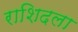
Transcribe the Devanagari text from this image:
राशिदला